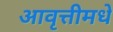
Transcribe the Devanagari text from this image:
आवृत्तीमधे